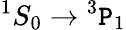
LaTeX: {}^{1}S_{0}\rightarrow{}^{3}\mathtt{P}_{1}